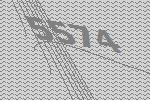
5574